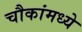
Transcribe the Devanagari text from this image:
चौकांमध्ये